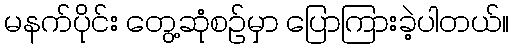
မနက်ပိုင်း တွေ့ဆုံစဉ်မှာ ပြောကြားခဲ့ပါတယ်။